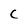
Character: C